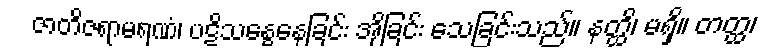
ဇာတိဇရာမရဏံ၊ ပဋိသန္ဓေနေခြင်း အိုခြင်း သေခြင်းသည်။ နတ္ထိ၊ မရှိ။ တတ္ထ၊